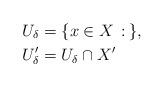
LaTeX: \begin{align*} U_\delta &= \{ x\in X \,:\, \}, \\ U'_\delta &= U_\delta\cap X' \end{align*}